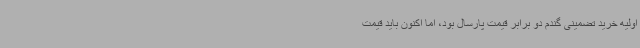
اولیه خرید تضمینی گندم دو برابر قیمت پارسال بود، اما اکنون باید قیمت